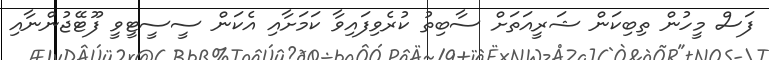
ފަސް މީހުން ތިބިކަން ޝަރީއަތަށް ސާބިތު ކުރެވިފައިވާ ކަމަށާއި އެކަން ސީސީޓީވީ ފޫޓޭޖުންނާއި